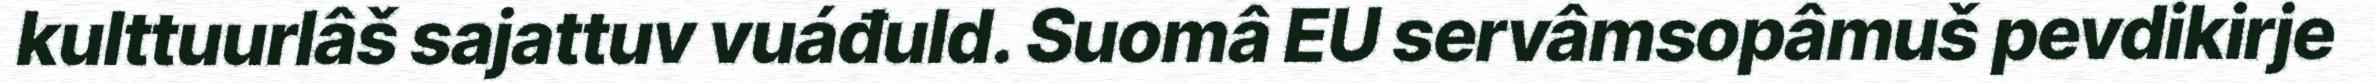
kulttuurlâš sajattuv vuáđuld. Suomâ EU servâmsopâmuš pevdikirje